65_HS1-834228961_62-HQ-83894_Section_5
Agency: FBI
Page 159
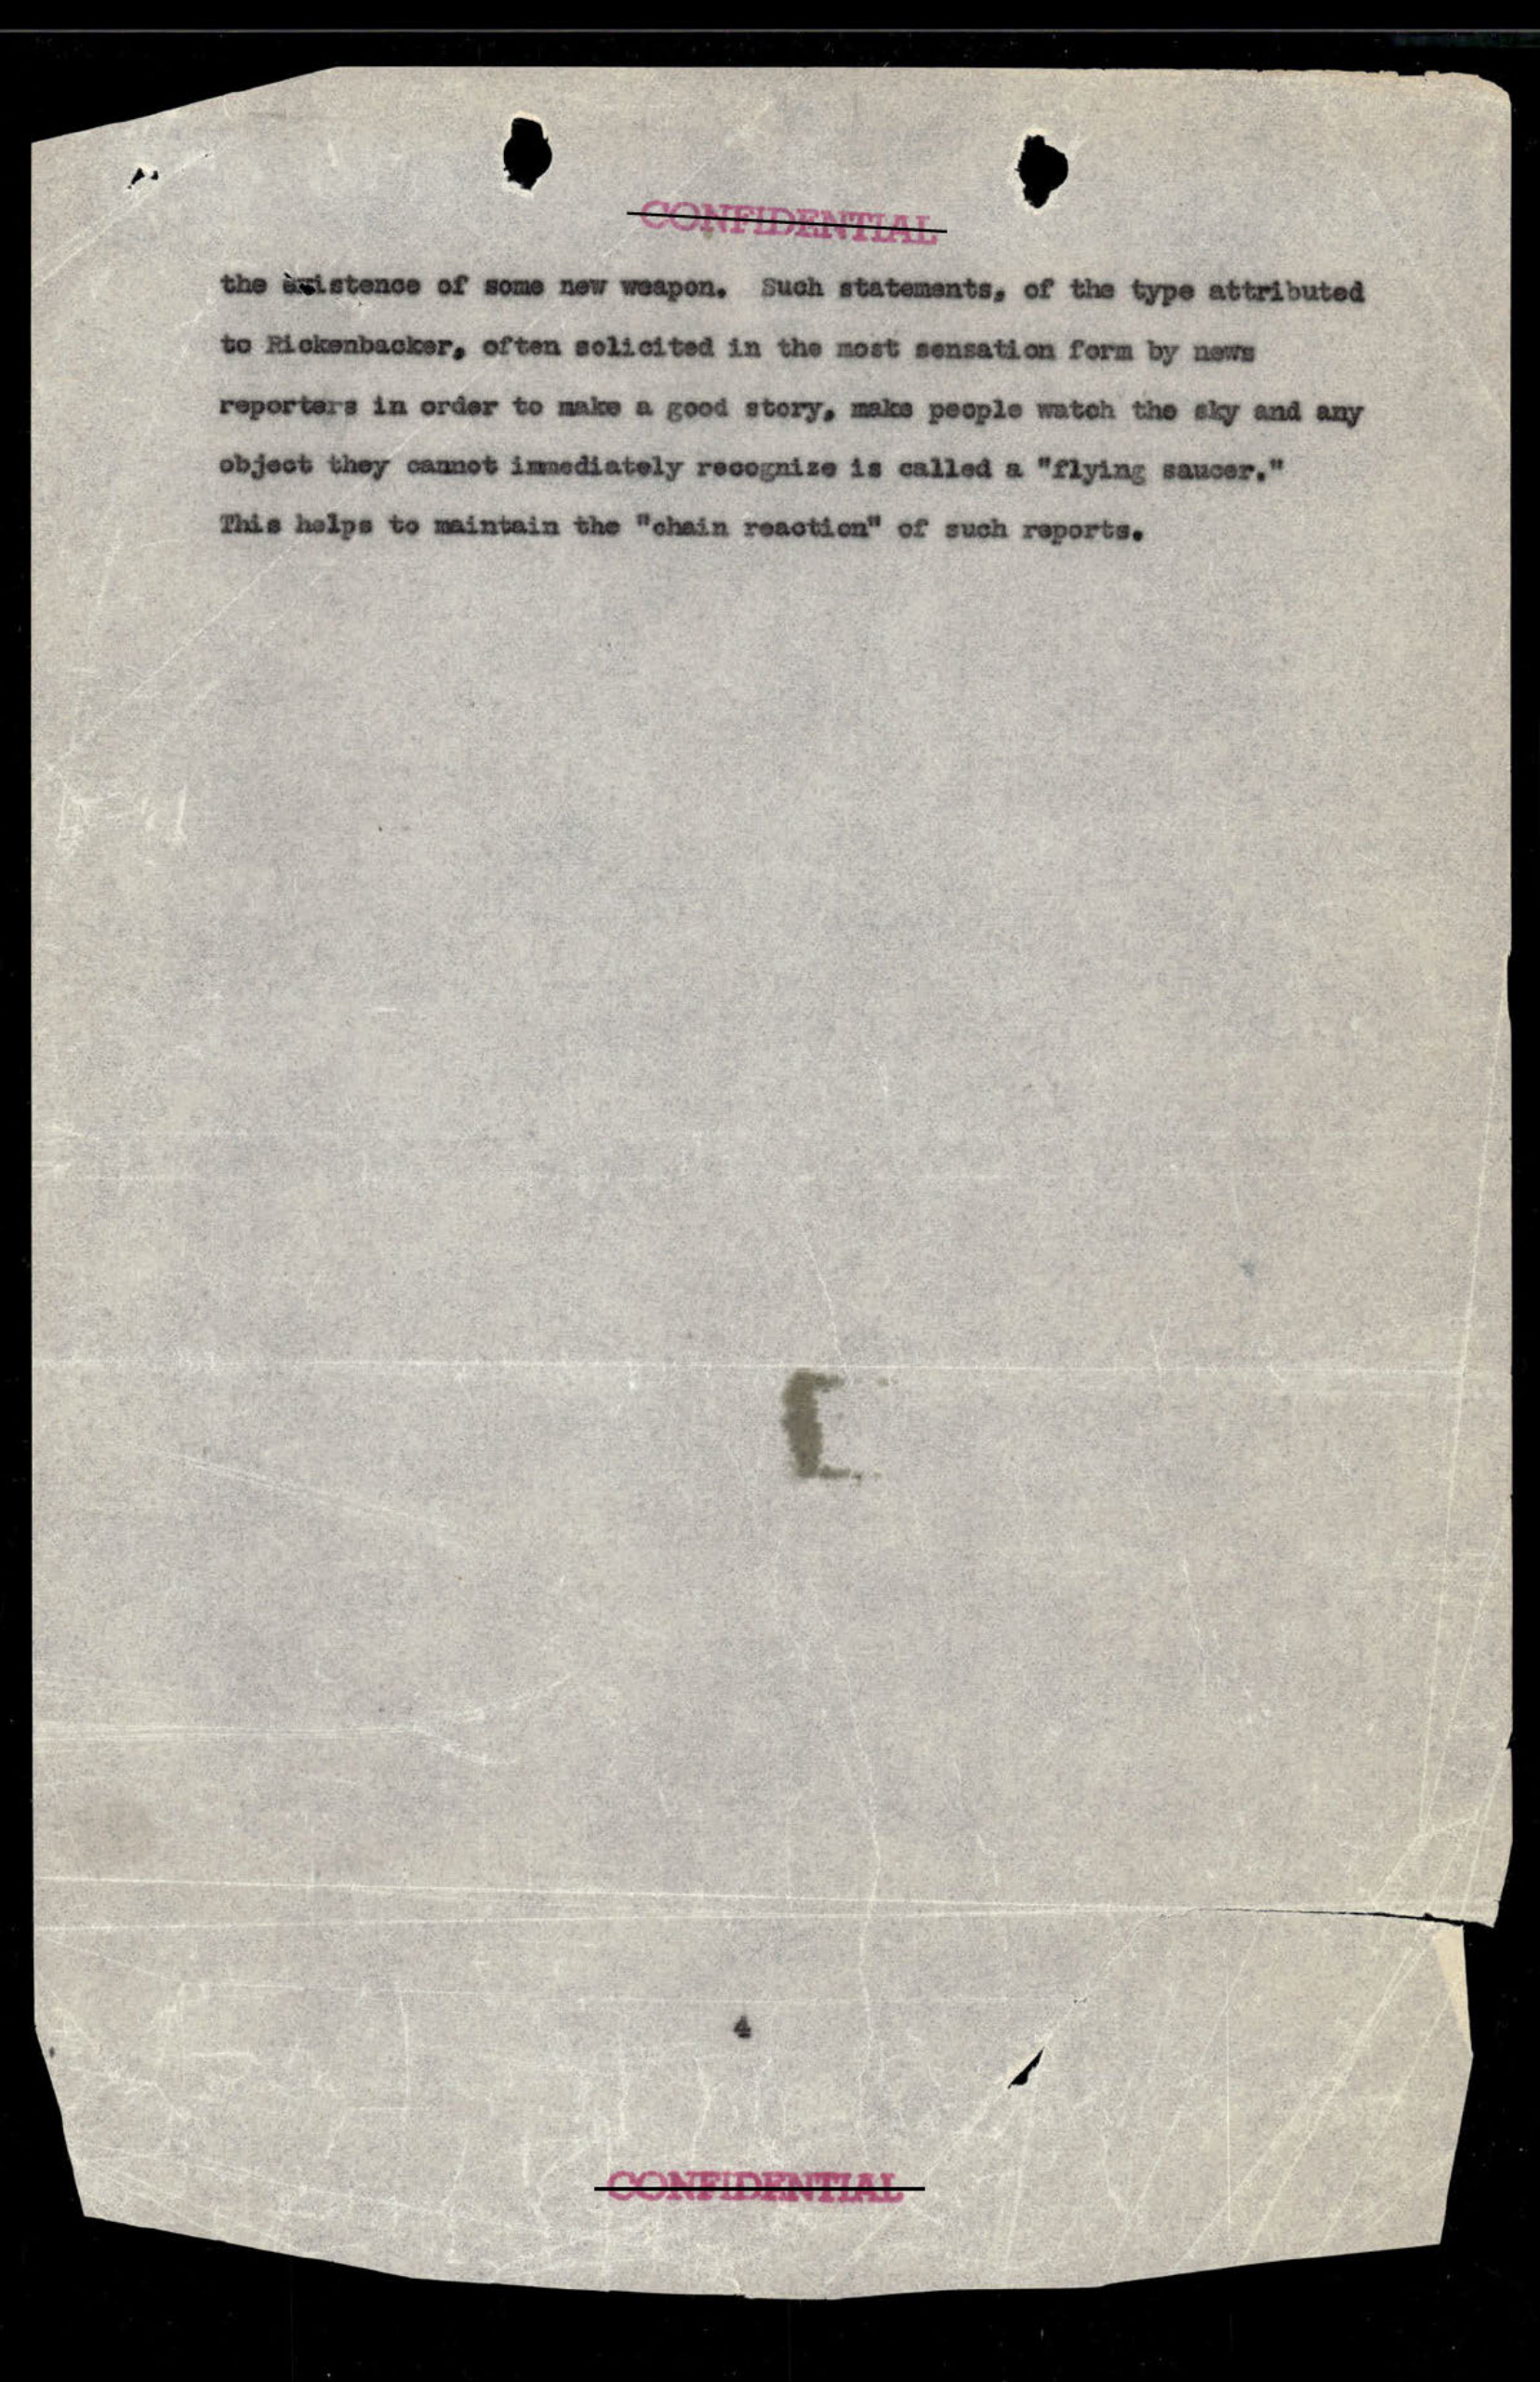